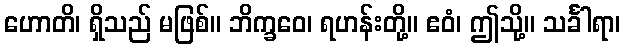
ဟောတိ၊ ရှိသည် မဖြစ်။ ဘိက္ခဝေ၊ ရဟန်းတို့။ ဧဝံ၊ ဤသို့။ သင်္ခါရာ၊